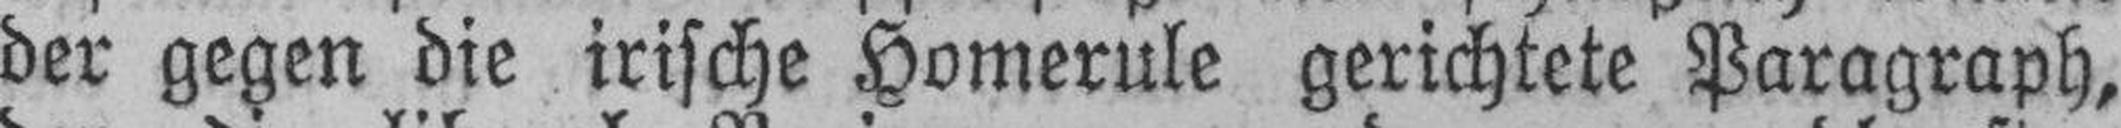
der gegen die irische Homerule gerichtete Paragraph,